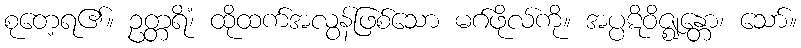
စုတေ့ရ၏။ ဥတ္တရိံ၊ ထိုထက်အလွန်ဖြစ်သော မဂ်ဖိုလ်ကို။ အပ္ပဋိဝိဇ္ဈန္တော၊ သော်။